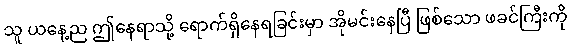
သူ ယနေ့ည ဤနေရာသို့ ရောက်ရှိနေရခြင်းမှာ အိုမင်းနေပြီ ဖြစ်သော ဖခင်ကြီးကို